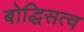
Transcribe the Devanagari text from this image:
बोद्धिसत्व